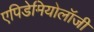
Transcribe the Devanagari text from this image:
एपिडेमियोलॉजी